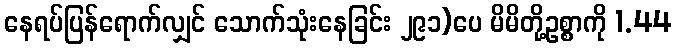
နေရပ်ပြန်ရောက်လျှင် သောက်သုံးနေခြင်း ၂၉၁)ပေ မိမိတို့ဥစ္စာကို 1.44